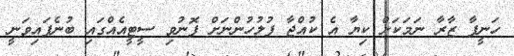
ހަނީފާ ޒާރާ ނަމަކަށް ކިޔާ އެ ކުއްޖާ ފުލުހުންނަށް ފޮނުވި ސީޓީއެއްގައި ބުނެފައިވަނީ